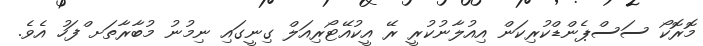
މޮރޮކޯ ސަސްޕެންޑްކުރިކަން އިއުލާނުކުރީ ރޭ އީކުއޭޓޯރިއަލް ގިނީގައި ނިމުނު މުބާރާތަށ ްފަހު އެވެ.